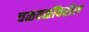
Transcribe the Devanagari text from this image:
चळवळींवरील